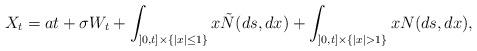
LaTeX: \begin{align*}X_t = a t + \sigma W_t + \int_{{]0,t]}\times \{ |x|\le1\}} x\tilde{N}(ds,dx) + \int_{{]0,t]}\times \{ |x|> 1\}} x N(ds,dx),\end{align*}